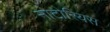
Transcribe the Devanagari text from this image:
नोटोरियस